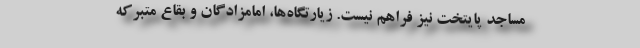
مساجد پایتخت نیز فراهم نیست. زیارتگاه‌ها، امامزادگان و بقاع متبرکه